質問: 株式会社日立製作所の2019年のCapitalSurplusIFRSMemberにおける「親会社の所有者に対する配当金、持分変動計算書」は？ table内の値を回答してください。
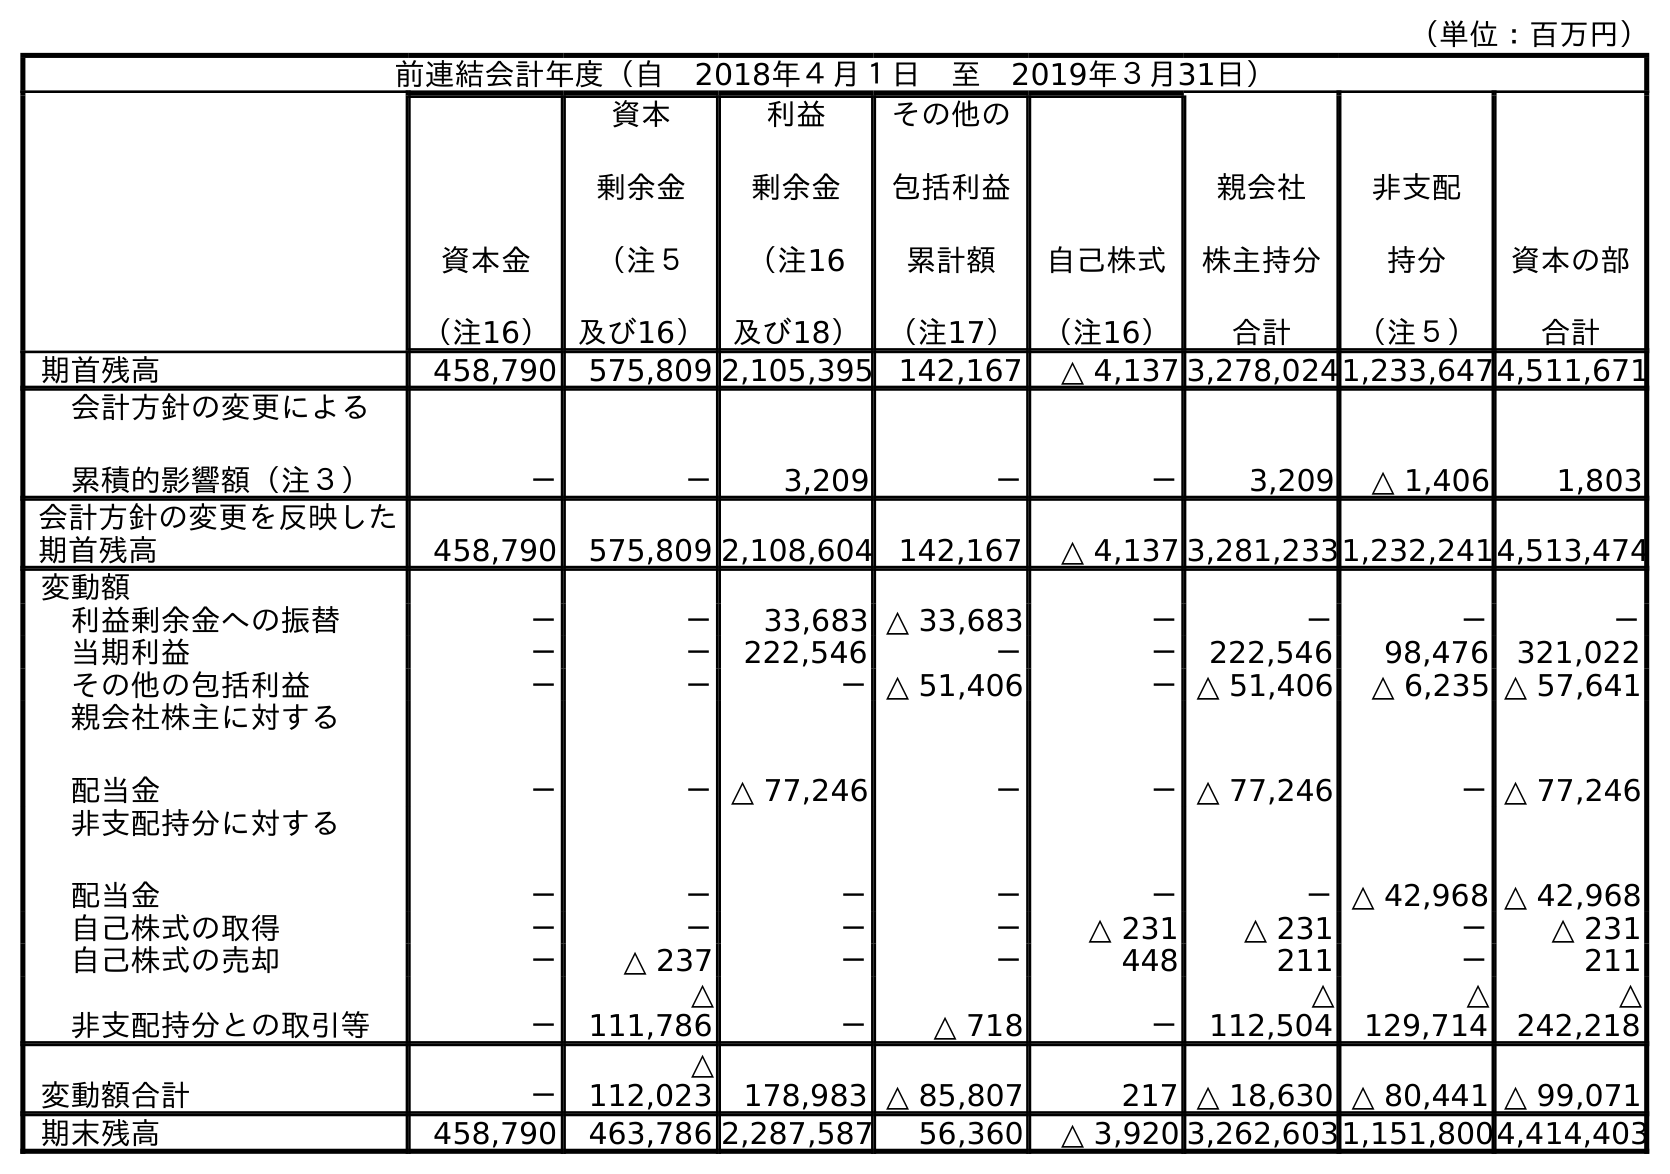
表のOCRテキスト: （単位：百万円） 前連結会計年度（自 2018年４月１日 至 2019年３月31日） 資本金 （注16） 資本 剰余金 （注５ 及び16） 利益 剰余金 （注16 及び18） その他の 包括利益 累計額 （注17） 自己株式 （注16） 親会社 株主持分 合計 非支配 持分 （注５） 資本の部 合計 期首残高 458,790 575,809 2,105,395 142,167 △ 4,137 3,278,0241,233,6474,511,671 会計方針の変更による 累積的影響額（注３） － － 3,209 － － 3,209 △ 1,406 1,803 会計方針の変更を反映した 期首残高 458,790 575,809 2,108,604 142,167 △ 4,137 3,281,2331,232,2414,513,474 変動額 利益剰余金への振替 － － 33,683 △ 33,683 － － － － 当期利益 － － 222,546 － － 222,546 98,476 321,022 その他の包括利益 － － －△ 51,406 －△ 51,406 △ 6,235 △ 57,641 親会社株主に対する 配当金 － －△ 77,246 － －△ 77,246 －△ 77,246 非支配持分に対する 配当金 － － － － － －△ 42,968 △ 42,968 自己株式の取得 － － － － △ 231 △ 231 － △ 231 自己株式の売却 － △ 237 － － 448 211 － 211 非支配持分との取引等 － △ 111,786 － △ 718 － △ 112,504 △ 129,714 △ 242,218 変動額合計 － △ 112,023 178,983 △ 85,807 217 △ 18,630 △ 80,441 △ 99,071 期末残高 458,790 463,786 2,287,587 56,360 △ 3,920 3,262,6031,151,8004,414,403
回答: －